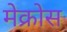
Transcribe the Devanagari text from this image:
मेक्रोस